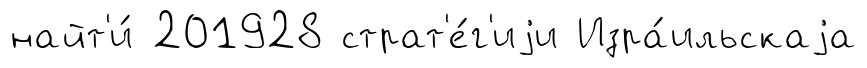
найт'и́ 201928 страт'е́г'иjи Изра́ильскаjа